Madras plague regulations in force outside the Presidency town - Volume 3
Disease focus: Plague
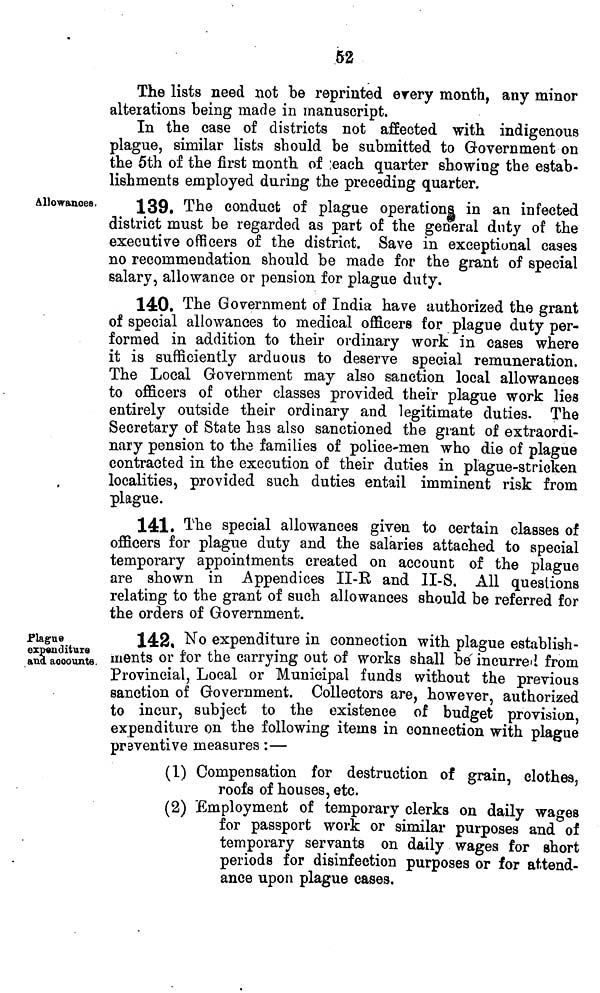
The lists need not be reprinted erery month, any minor
alterations being made in manuscript.
In the case of districts not affected with indigenous
plague, similar lists should be submitted to Government on
the 5th of the first month of ;each quarter showing the estab-
lishments employed during the preceding quarter.
Allowances.
139. The conduct of plague operations in an infected
district must be regarded as part of the general duty of the
executive officers of the district. Save in exceptional cases
no recommendation should be made for the grant of special
salary, allowance or pension for plague duty.
140. The Government of India have authorized the grant
of special allowances to medical officers for plague duty per-
formed in addition to their ordinary work in cases where
it is sufficiently arduous to deserve special remuneration.
The Local Government may also sanction local allowances
to officers of other classes provided their plague work lies
entirely outside their ordinary and legitimate duties. The
Secretary of State has also sanctioned the grant of extraordi-
nary pension to the families of police-men who die of plague
contracted in the execution of their duties in plague-stricken
localities, provided such duties entail imminent risk from
plague.
141. The special allowances given to certain classes of
officers for plague duty and the salaries attached to special
temporary appointments created on account of the plague
are shown in Appendices II-E and II-S. All questions
relating to the grant of such allowances should be referred for
the orders of Government.
Pkgue
expenditure
and accounts.
142, No expenditure in connection with plague establish-
ments or for the carrying out of works shall be x incurre<i from
Provincial, Local or Municipal funds without the previous
sanction of Government. Collectors are, however, authorized
to incur, subject to the existence of budget provision
expenditure on the following items in connection with plague
preventive measures :—
(1) Compensation for destruction of grain, clothes,
roofs of houses, etc.
(2) Employment of temporary clerks on daily wages
for passport work or similar purposes and of
temporary servants on daily wages for short
periods for disinfection purposes or for attend-
ance upon plague cases.